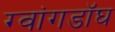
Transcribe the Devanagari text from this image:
ग्वांगडॉघ